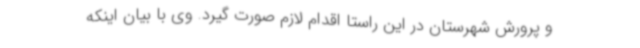
و پرورش شهرستان در این راستا اقدام لازم صورت گیرد. وی با بیان اینکه